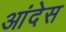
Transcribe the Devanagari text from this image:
आंदेस